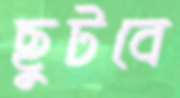
ছুটবে